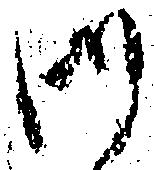
御